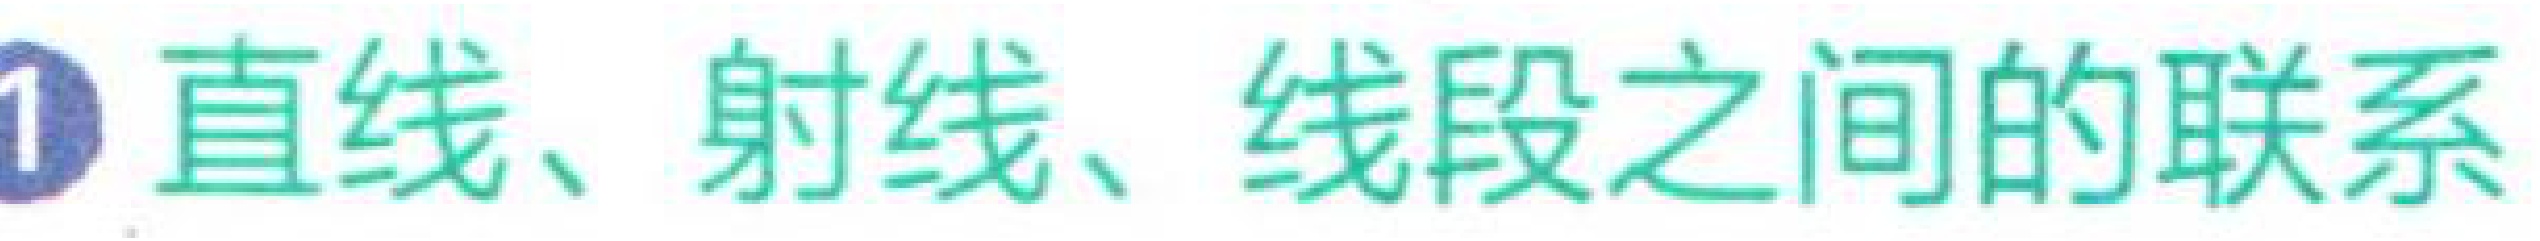
\textcircled{1} 直线、射线、线段之间的联系